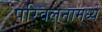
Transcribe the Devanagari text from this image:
परिवलनामध्ये